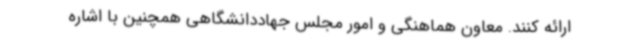
ارائه کنند. معاون هماهنگی و امور مجلس جهاددانشگاهی همچنین با اشاره